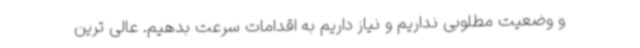
و وضعیت مطلوبی نداریم و نیاز داریم به اقدامات سرعت بدهیم. عالی ترین